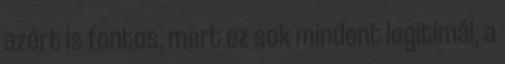
azért is fontos, mert ez sok mindent legitimál, a